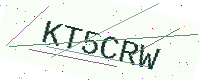
Text: KT5CRW